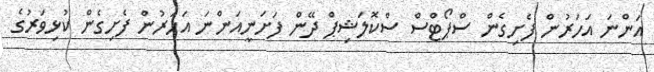
އަންނަ އަހަރުން ފެށިގެން ސްޕޯޓްސް ސްކޮލަޝިޕް ދޭން ފަށަނީއަންނަ އަހަރުން ފެށިގެން ކުޅިވަރުގެ